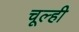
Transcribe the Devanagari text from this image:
चूल्ही